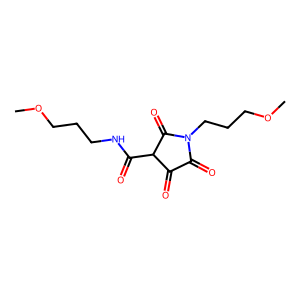
SMILES: COCCCNC(=O)C1C(=O)C(=O)N(CCCOC)C1=O
Inhibits HIV replication: No